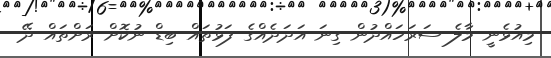
މިއުޅެނީ މާލެ ސަރަހައްދުން ގިނަ އަދަދެއްގެ ފަޅުތައް ބިޑް ނުކޮށް ރަށްތައް ދޭ